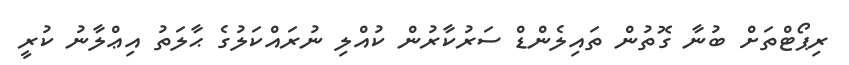
ރިޕޯޓްތަށް ބުނާ ގޮތުން ތައިލެންޑް ސަރުކާރުން ކުއްލި ނުރައްކަލުގެ ޙާލަތު އިޢްލާނު ކުރީ